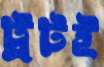
ট্রটই